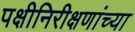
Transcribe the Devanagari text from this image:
पक्षीनिरीक्षणांच्या